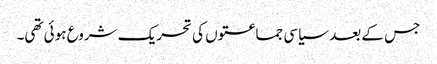
جس کے بعد سیاسی جماعتوں کی تحریک شروع ہوئی تھی۔